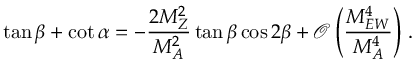
\tan \beta + \cot \alpha = - \frac { 2 M _ { Z } ^ { 2 } } { M _ { A } ^ { 2 } } \tan \beta \cos 2 \beta + \mathcal { O } \left( \frac { M _ { E W } ^ { 4 } } { M _ { A } ^ { 4 } } \right) \, .